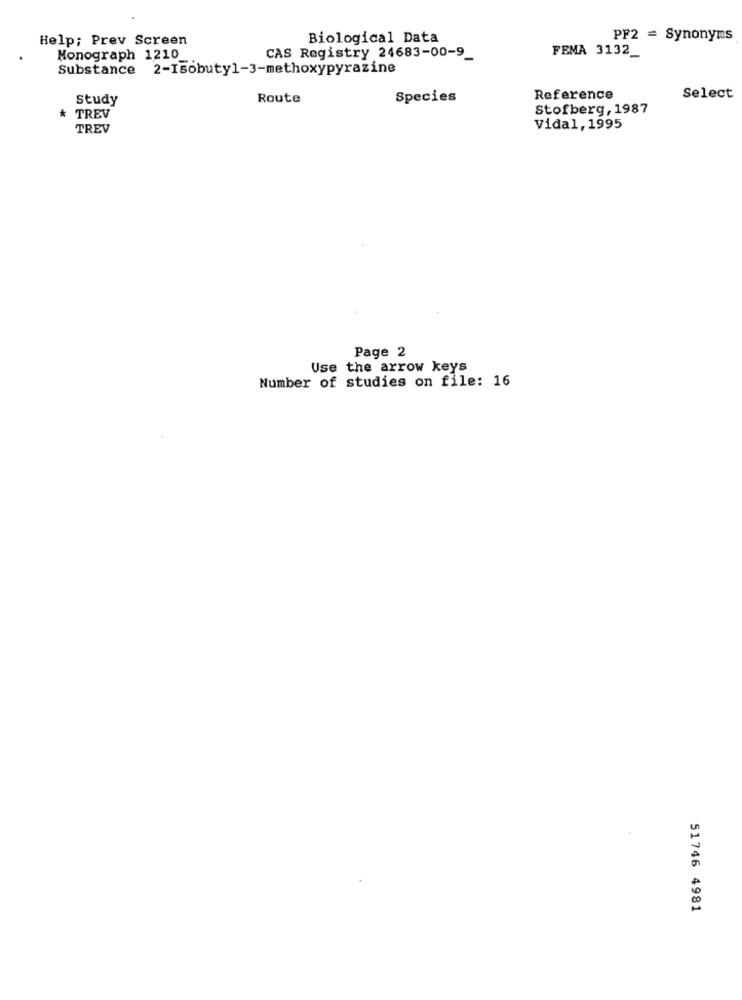
Help; Prev Screen
Biological Data
PF2 = Synonyms
FEMA 3132_
Monograph 1210
CAS Registry 24683-00-9_
Substance 2-Isobutyl-3-methoxypyrazine
study
Route
Species
Reference
Select
Stofberg, 1987
* TREV
TREV
Vidal, 1995
Page 2
Use the arrow keys
Number of studies on file: 16
51746 4981